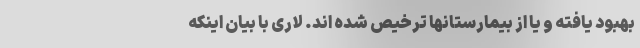
بهبود یافته و یا از بیمارستانها ترخیص شده اند. لاری با بیان اینکه